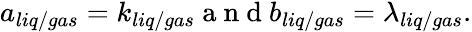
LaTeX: \begin{array}{r}{a_{liq/gas}=k_{liq/gas}\mathrm{~a~n~d~}b_{liq/gas}=\lambda_{liq/gas}.}\end{array}